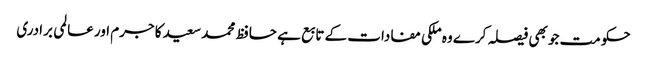
حکومت جو بھی فیصلہ کرے وہ ملکی مفادات کے تابع ہے	 حافظ محمد سعید کا جرم اور عالمی برادری